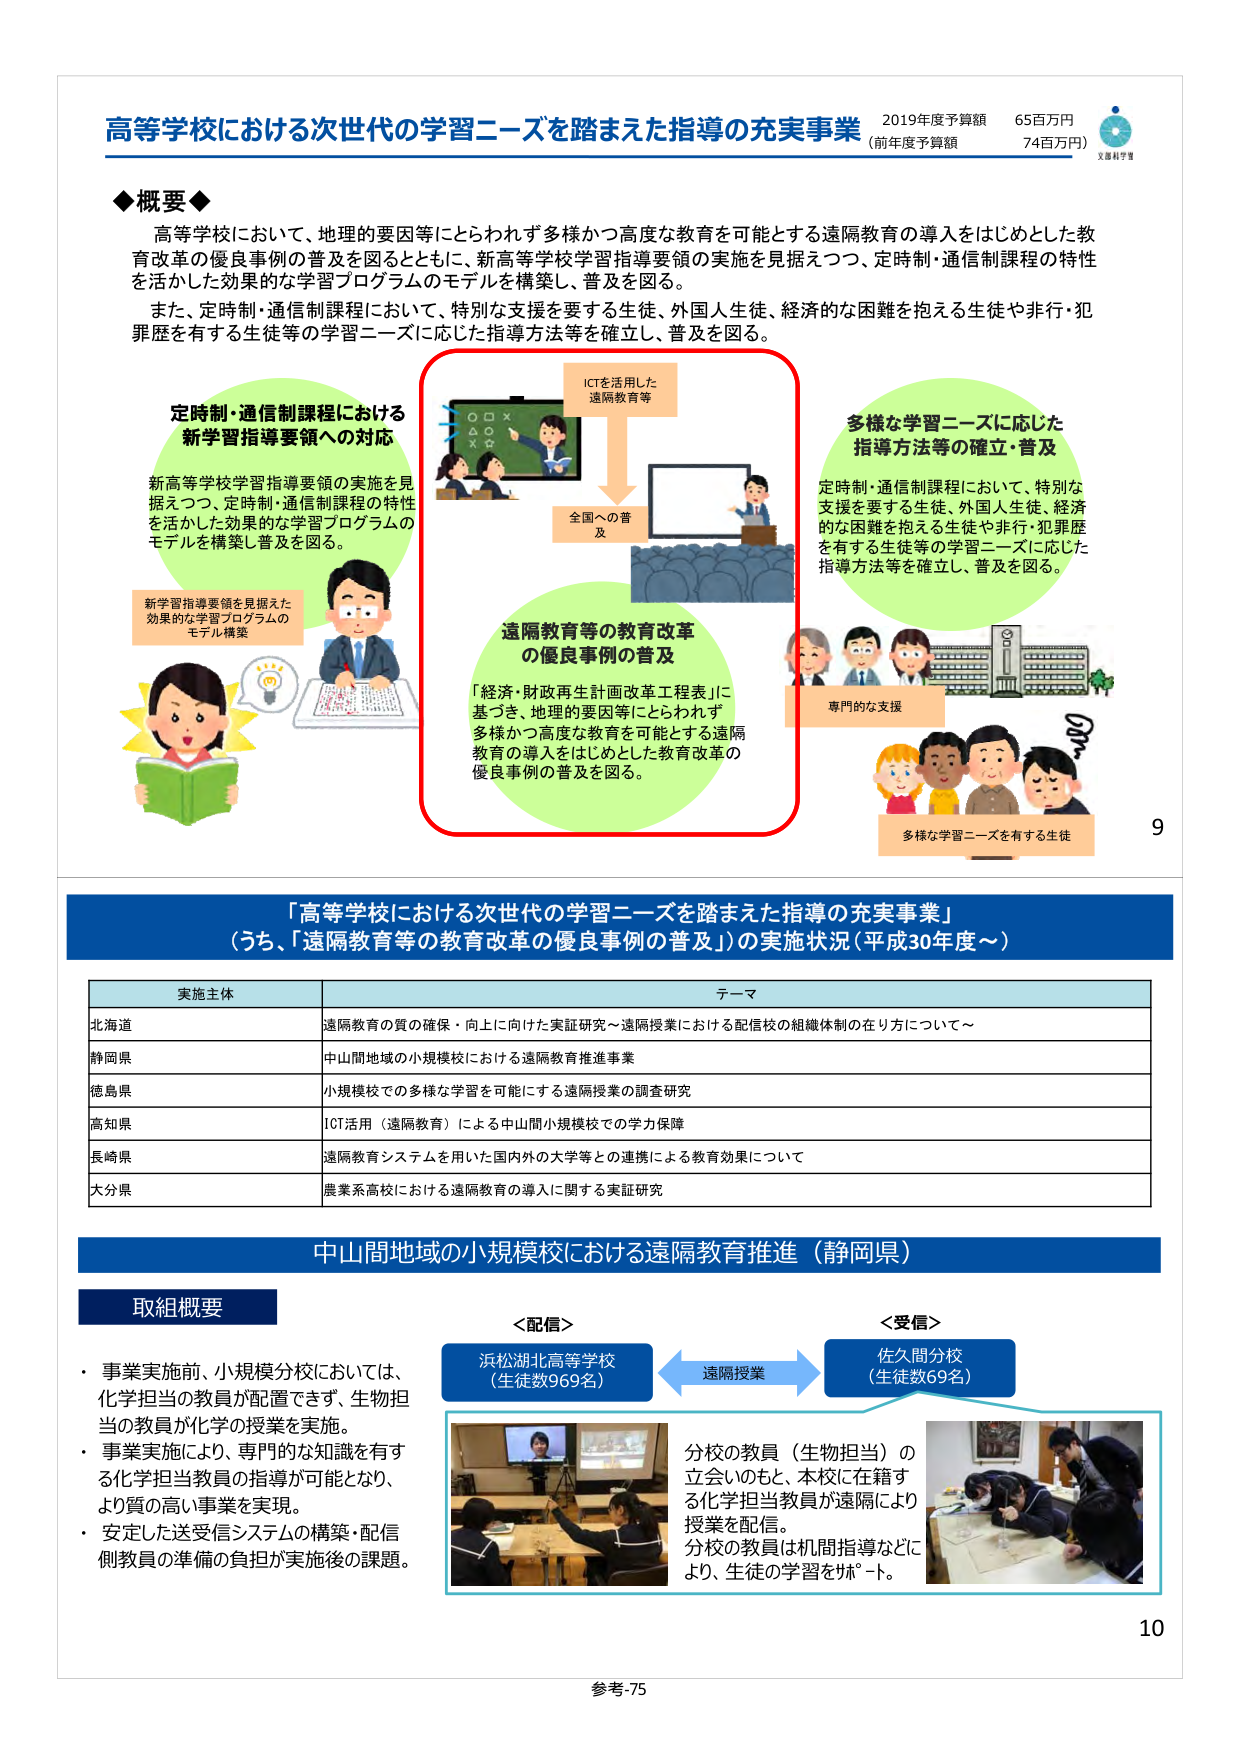
高等学校における次世代の学習ニーズを踏まえた指導の充実事業 2019年度予算額 65百万円 （前年度予算額 74百万円） 文部科学省

◆概要◆
高等学校において、地理的要因等にとらわれず多様かつ高度な教育を可能とする遠隔教育の導入をはじめとした教育改革の優良事例の普及を図るとともに、新高等学校学習指導要領の実施を見据えつつ、定時制・通信制課程の特性を活かした効果的な学習プログラムのモデルを構築し、普及を図る。
また、定時制・通信制課程において、特別な支援を要する生徒、外国人生徒、経済的な困難を抱える生徒や非行・犯罪歴を有する生徒等の学習ニーズに応じた指導方法等を確立し、普及を図る。

定時制・通信制課程における
新学習指導要領への対応
新高等学校学習指導要領の実施を見据えつつ、定時制・通信制課程の特性を活かした効果的な学習プログラムのモデルを構築し普及を図る。
新学習指導要領を見据えた効果的な学習プログラムのモデル構築

ICTを活用した
遠隔教育等
全国への普及

遠隔教育等の教育改革
の優良事例の普及
「経済・財政再生計画改革工程表」に基づき、地理的要因等にとらわれず多様かつ高度な教育を可能とする遠隔教育の導入をはじめとした教育改革の優良事例の普及を図る。

多様な学習ニーズに応じた
指導方法等の確立・普及
定時制・通信制課程において、特別な支援を要する生徒、外国人生徒、経済的な困難を抱える生徒や非行・犯罪歴を有する生徒等の学習ニーズに応じた指導方法等を確立し、普及を図る。
専門的な支援
多様な学習ニーズを有する生徒

9

「高等学校における次世代の学習ニーズを踏まえた指導の充実事業」
（うち、「遠隔教育等の教育改革の優良事例の普及」）の実施状況（平成30年度～）

実施主体 テーマ
北海道 遠隔教育の質の確保・向上に向けた実証研究～遠隔授業における配信校の組織体制の在り方について～
静岡県 中山間地域の小規模校における遠隔教育推進事業
徳島県 小規模校での多様な学習を可能にする遠隔授業の調査研究
高知県 ICT活用（遠隔教育）による中山間小規模校での学力保障
長崎県 遠隔教育システムを用いた国内外の大学等との連携による教育効果について
大分県 農業系高校における遠隔教育の導入に関する実証研究

中山間地域の小規模校における遠隔教育推進（静岡県）

取組概要
・事業実施前、小規模分校においては、化学担当の教員が配置できず、生物担当の教員が化学の授業を実施。
・事業実施により、専門的な知識を有する化学担当教員の指導が可能となり、より質の高い事業を実現。
・安定した送受信システムの構築・配信側教員の準備の負担が実施後の課題。

＜配信＞
浜松湖北高等学校
（生徒数969名）

遠隔授業

＜受信＞
佐久間分校
（生徒数69名）

分校の教員（生物担当）の立会いのもと、本校に在籍する化学担当教員が遠隔により授業を配信。
分校の教員は机間指導などにより、生徒の学習をサポート。

10

参考-75